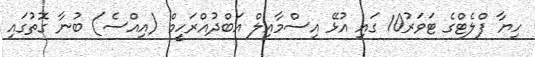
ހިޔާ ފްލެޓްގެ ޓަވަރު10 ގައި އުޅޭ އިސްމާއިލް އަބްދުއްރަހީމް (އިއްސެ) ބުނާ ގޮތުގައި